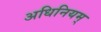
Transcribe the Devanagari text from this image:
अधिनियम्